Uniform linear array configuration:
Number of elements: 48
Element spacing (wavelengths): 0.5
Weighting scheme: exponential
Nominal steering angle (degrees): -15
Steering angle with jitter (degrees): -14.466
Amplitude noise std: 0.05
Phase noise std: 0.05

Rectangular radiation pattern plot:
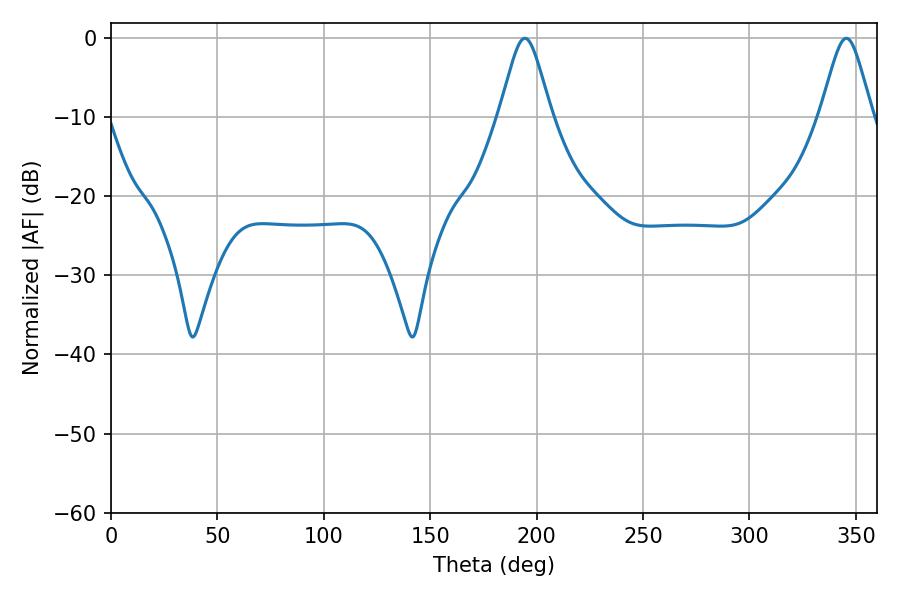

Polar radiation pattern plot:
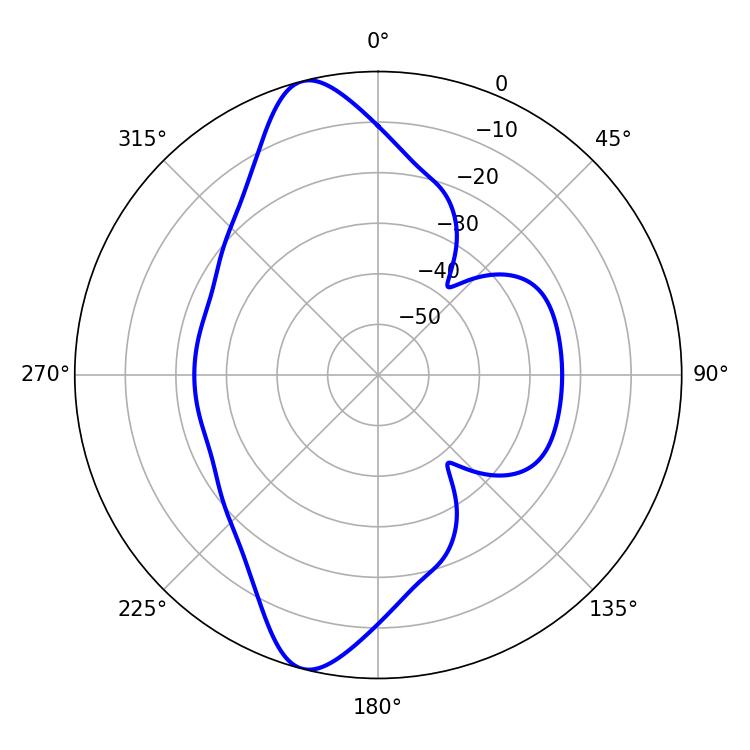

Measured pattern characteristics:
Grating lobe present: FALSE
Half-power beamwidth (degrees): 11.7
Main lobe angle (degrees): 194.4